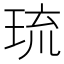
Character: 琉